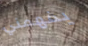
يفهمني